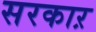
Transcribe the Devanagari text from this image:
सरकाऱ